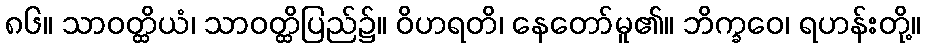
၈၆။ သာဝတ္ထိယံ၊ သာဝတ္ထိပြည်၌။ ဝိဟရတိ၊ နေတော်မူ၏။ ဘိက္ခဝေ၊ ရဟန်းတို့။